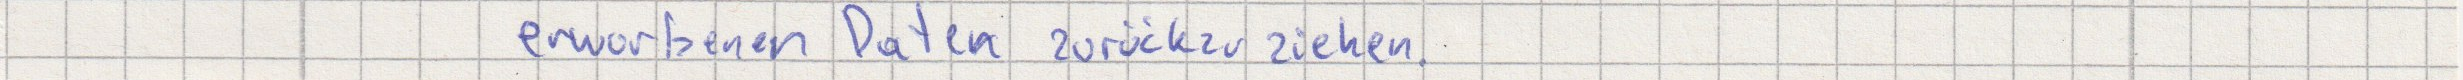
erworbene Daten zurückzuziehen.